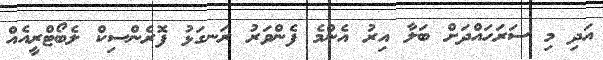
އަދި މި ސަރަހައްދަށް ބަލާ އިރު އެންމެ ފެންވަރު ރަނގަޅު ފޮރެންސިކް ލެބޯޓްރީއެއް